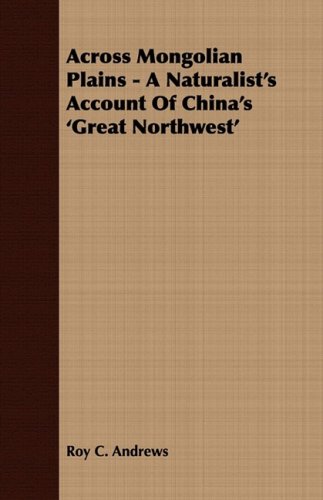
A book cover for Across Mongolian Plains - A Naturalist's Account Of China's 'Great Northwest'; Roy C. Andrews; Travel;